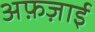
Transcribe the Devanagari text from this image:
अफ़ज़ाई